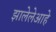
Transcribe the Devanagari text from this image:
झालेलेआहे